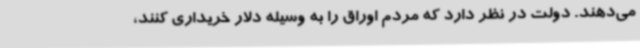
می‌دهند. دولت در نظر دارد که مردم اوراق را به وسیله دلار خریداری کنند،